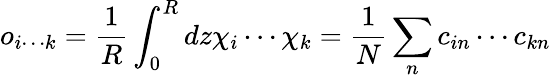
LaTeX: o_{i\cdots k}=\frac{1}{R}\int_{0}^{R}dz\chi_{i}\cdots\chi_{k}=\frac{1}{N}\sum_{n}c_{in}\cdots c_{kn}